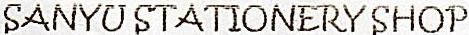
SANYU STATIONERY SHOP